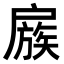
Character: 𢩜